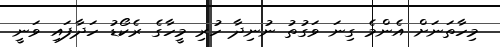
މިހާތަނަށް އެންމެ ގިނަ ވަގުތު ނުނިދާ ހުރި މީހާގެ ރެކޯޑު ހަދާފައި ވަނީ